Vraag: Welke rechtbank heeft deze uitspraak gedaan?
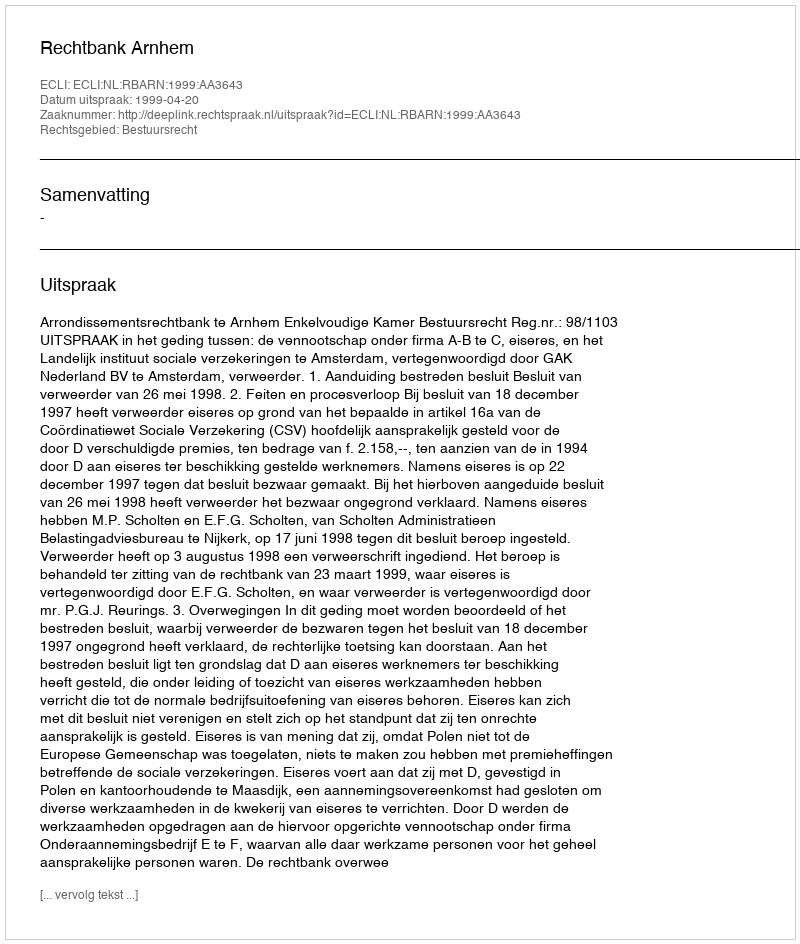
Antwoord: Rechtbank Arnhem